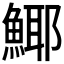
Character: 𩸾